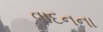
વાદનના